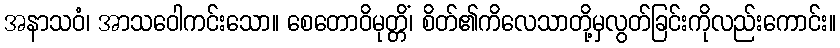
အနာသဝံ၊ အာသဝေါကင်းသော။ စေတောဝိမုတ္တိံ၊ စိတ်၏ကိလေသာတို့မှလွတ်ခြင်းကိုလည်းကောင်း။